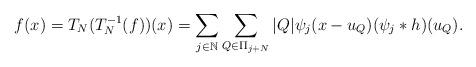
LaTeX: \begin{align*}f(x)=T_{N}(T_{N}^{-1}(f))(x)=\sum\limits_{j\in\mathbb N}\sum\limits_{Q\in\Pi_{j+N}}\vert Q\vert\psi_{j}(x-u_{Q})(\psi_{j}\ast h)(u_{Q}).\end{align*}